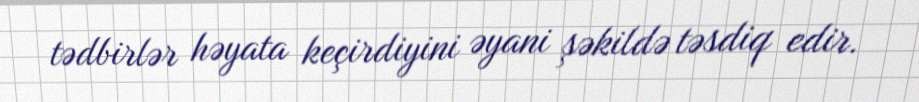
tədbirlər həyata keçirdiyini əyani şəkildə təsdiq edir.